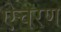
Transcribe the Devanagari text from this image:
ऐचरण